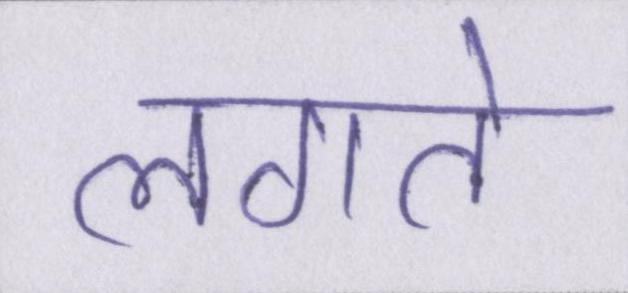
लगते